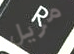
مزيل